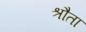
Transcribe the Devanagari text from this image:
श्रौता